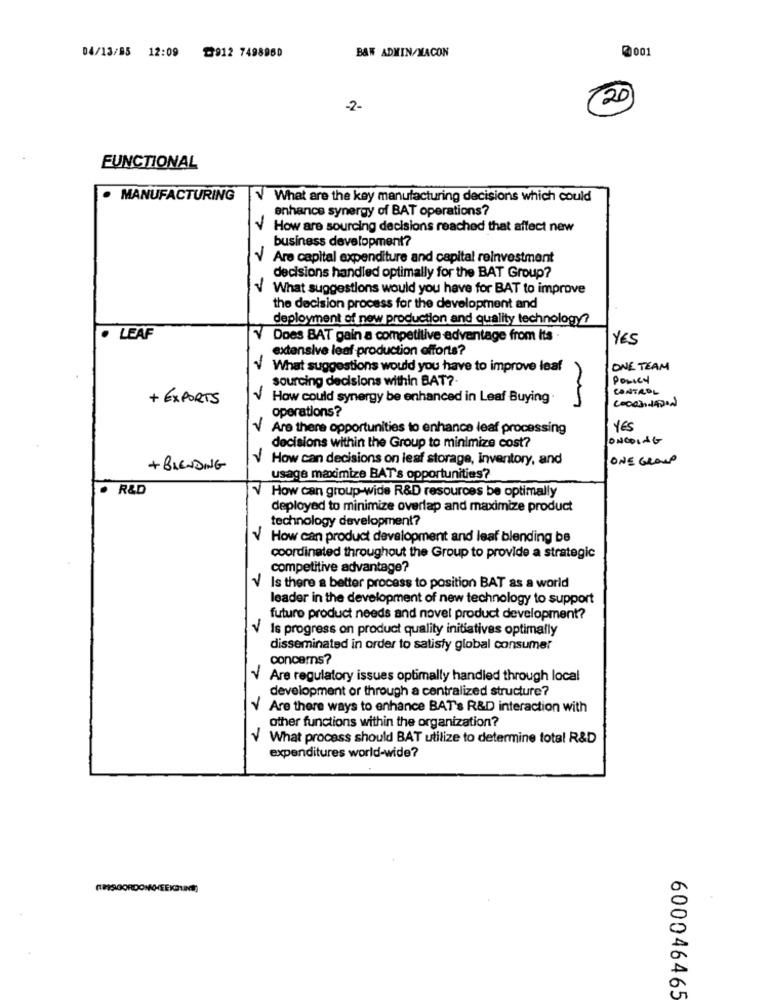
04/13/95 12:09
₾912 7498950
B&W ADMIN/MACON
2 001
(20
-2-
FUNCTIONAL
· MANUFACTURING
What are the key manufacturing decisions which could
enhance synergy of BAT operations?
How are sourcing decisions reached that affect new
27
business development?
Are capital expenditure and capital reinvestment
decisions handled optimally for the BAT Group?
What suggestions would you have for BAT to improve
the decision process for the development and
deployment of new production and quality technology?
· LEAF
Does BAT gain a competitive advantage from its -
YES
extensive leaf production efforts?
What suggestions would you have to improve leaf
ONE TEAM
sourcing decisions within BAT?
Posied
CANTADL
+ EXPORTS
How could synergy be enhanced in Leaf Buying .
operations?
Are there opportunities to enhance leaf processing
YES
decisions within the Group to minimize cost?
ONGOING
V How can decisions on leaf storage, Inventory, and
ONE GROUP
+ BLENDING
usage maximize BAT's opportunities?
. R&D
How can group-wide R&D resources be optimally
deployed to minimize overlap and maximize product
technology development?
How can product development and leaf blending be
coordinated throughout the Group to provide a strategic
competitive advantage?
Is there a better process to position BAT as a world
leader in the development of new technology to support
futuro product needs and novel product development?
V Is progress on product quality initiatives optimally
disseminated in order to satisfy global consumer
concerns?
V Are regulatory issues optimally handled through local
development or through a centralized structure?
Y Are there ways to enhance BAT's R&D interaction with
other functions within the organization?
V What process should BAT utilize to determine total R&D
77
expenditures world-wide?
600046465